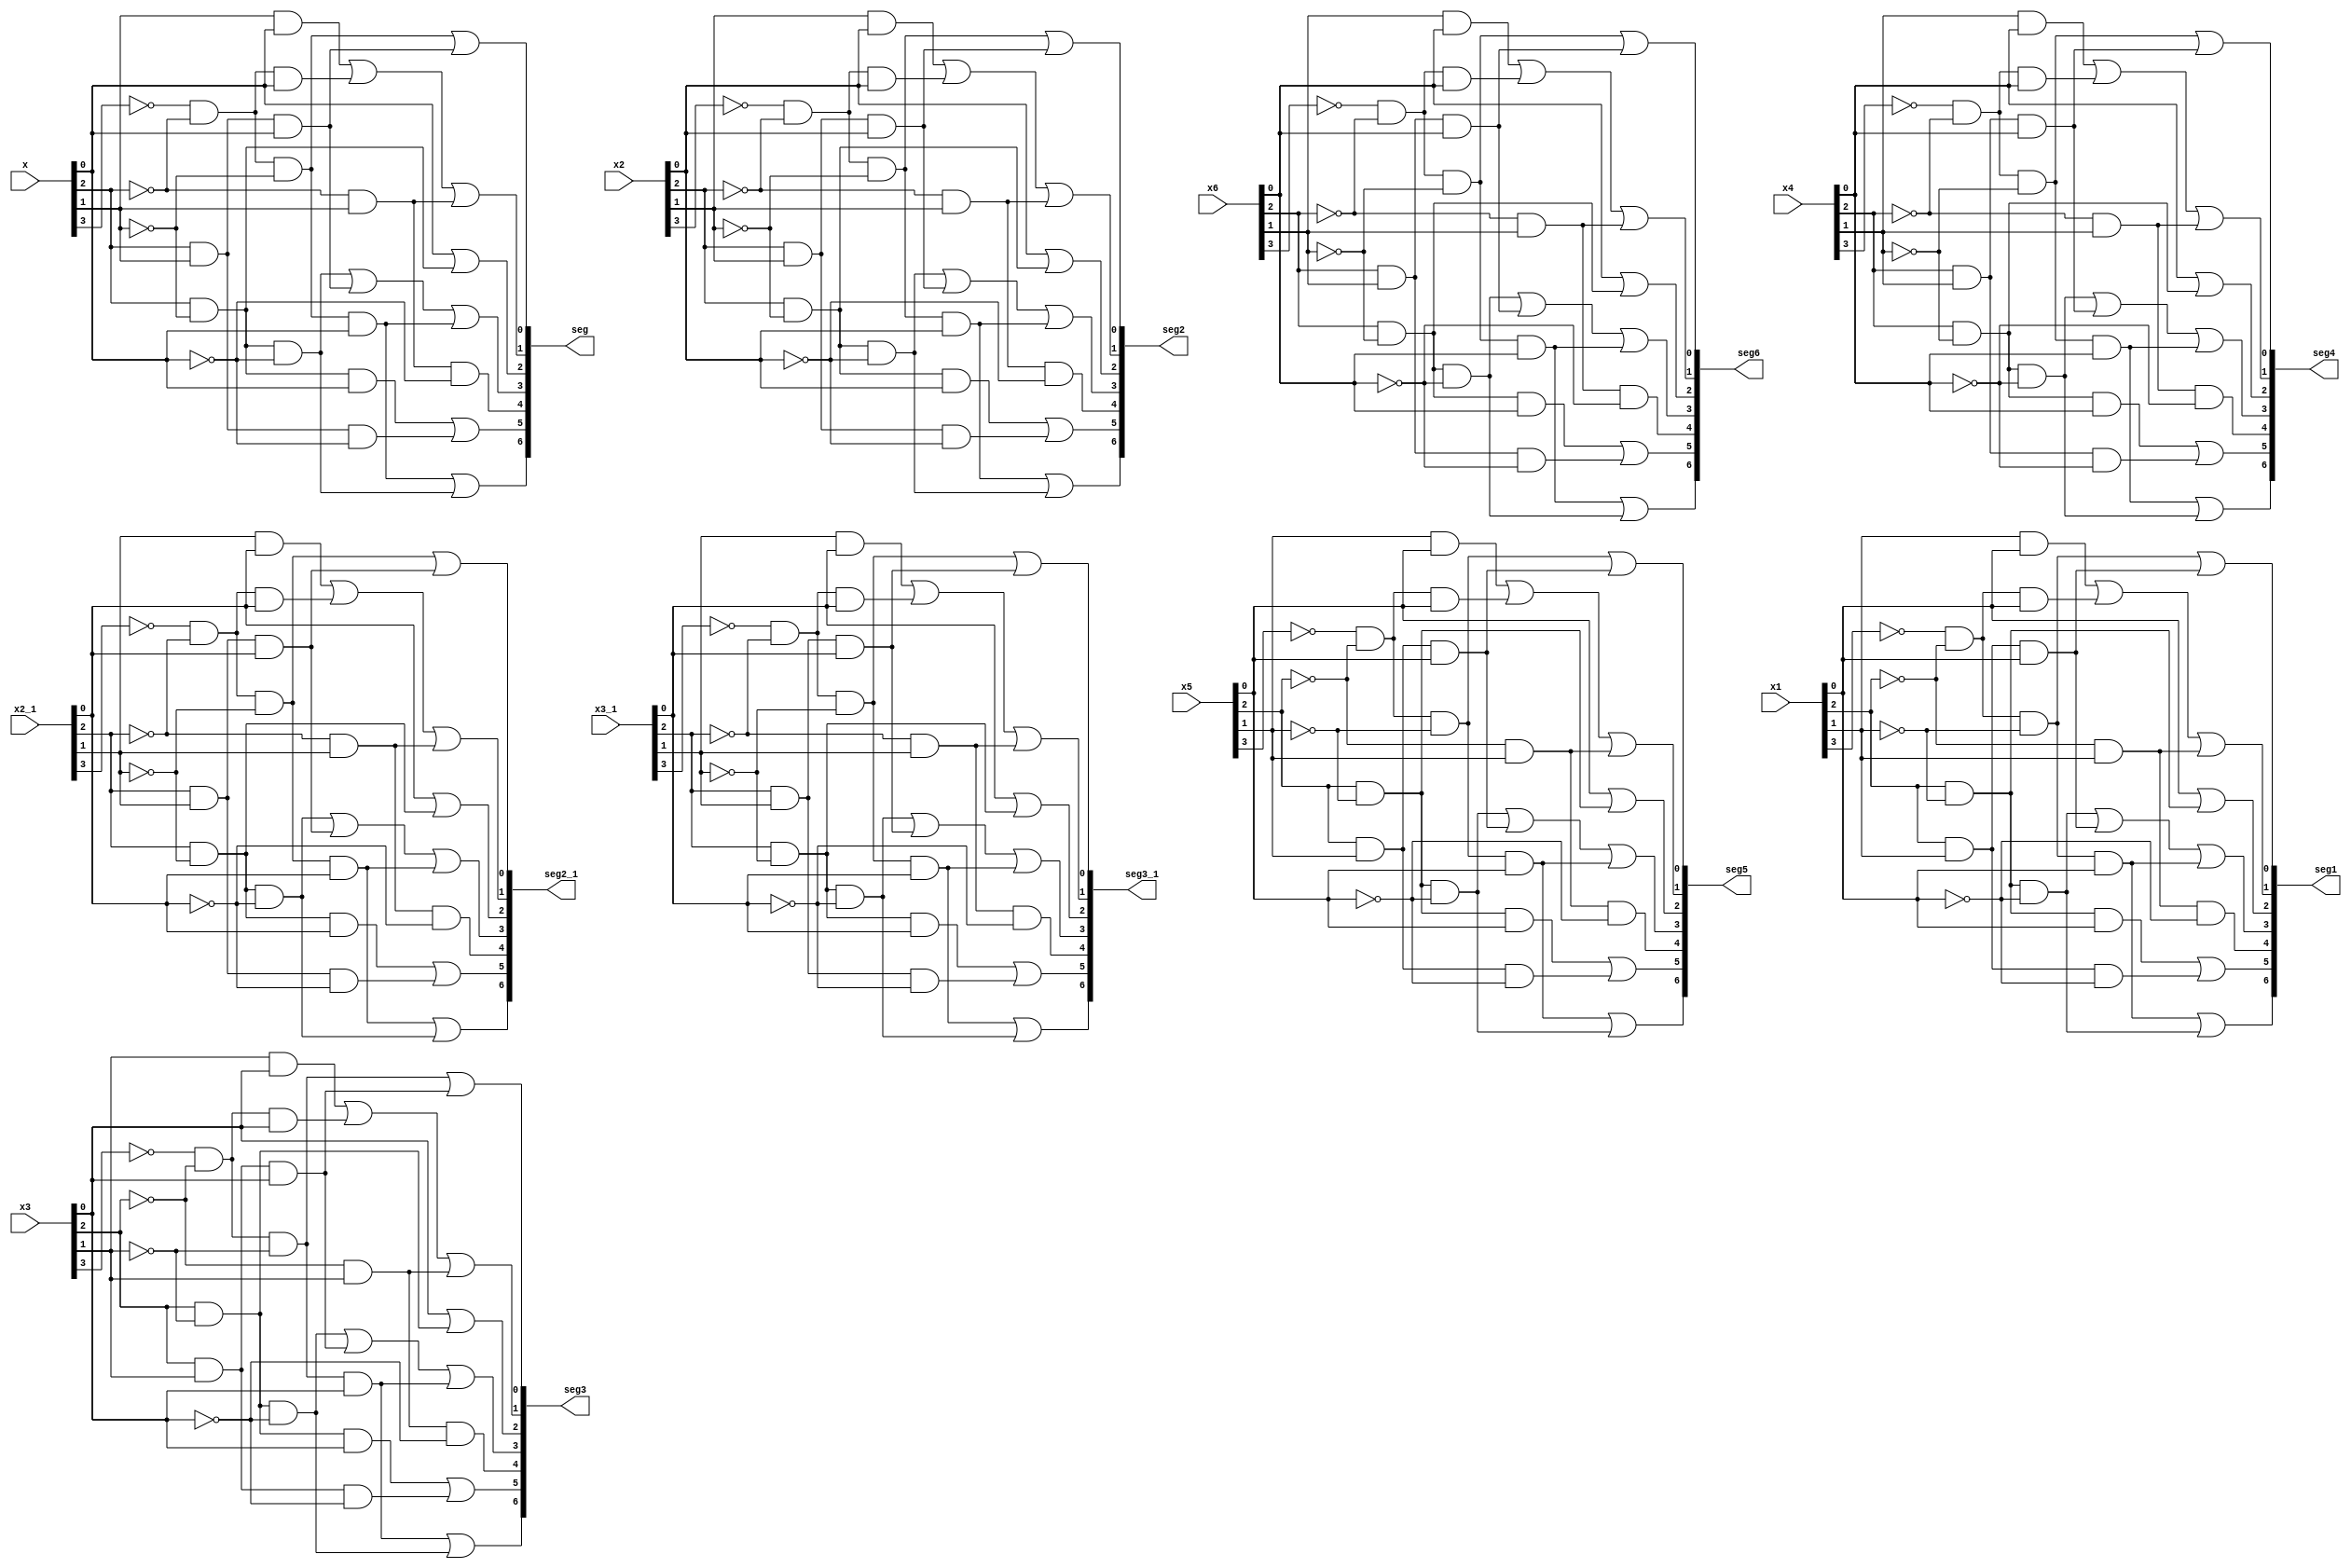
`timescale 1ns / 1ps
//////////////////////////////////////////////////////////////////////////////////
// Company: 
// Engineer: 
// 
// Design Name: 
// Module Name: decoder
// Project Name: 
// Target Devices: 
// Tool Versions: 
// Description: 
// 
// Dependencies: 
// 
// Revision:
// Revision 0.01 - File Created
// Additional Comments:
// 
//////////////////////////////////////////////////////////////////////////////////


module decoder(
    input[3:0] x,
    input[3:0] x1,
    input[3:0] x2,
    input[3:0] x3,
    input[3:0] x2_1,
    input[3:0] x3_1,
    input[3:0] x4,
    input[3:0] x5,
    input[3:0] x6,
    output[6:0] seg,
    output[6:0] seg1,
    output[6:0] seg2,
    output[6:0] seg3,
    output[6:0] seg2_1,
    output[6:0] seg3_1,
    output[6:0] seg4,
    output[6:0] seg5,
    output[6:0] seg6
    );
    assign seg[6] = (~x[3] & ~x[2] & ~x[1] & x[0]) | (x[2] & ~x[1] & ~x[0]);
    assign seg[5] = (x[2] & ~x[1] & x[0]) | (x[2] & x[1] & ~x[0]);
    assign seg[4] = ~x[2] & x[1] & ~x[0];
    assign seg[3] = (x[2] & ~x[1] & ~x[0]) | (x[2] & x[1] & x[0]) | (~x[3] & ~x[2] & ~x[1] & x[0]);
    assign seg[2] = x[0] | (x[2] & ~x[1]);
    assign seg[1] = (x[1] & x[0]) | (~x[3] & ~x[2] & x[0]) | (~x[2] & x[1]);
    assign seg[0] = (~x[3] & ~x[2] & ~x[1]) | (x[2] & x[1] & x[0]);
    
    assign seg1[6] = (~x1[3] & ~x1[2] & ~x1[1] & x1[0]) | (x1[2] & ~x1[1] & ~x1[0]);
    assign seg1[5] = (x1[2] & ~x1[1] & x1[0]) | (x1[2] & x1[1] & ~x1[0]);
    assign seg1[4] = ~x1[2] & x1[1] & ~x1[0];
    assign seg1[3] = (x1[2] & ~x1[1] & ~x1[0]) | (x1[2] & x1[1] & x1[0]) | (~x1[3] & ~x1[2] & ~x1[1] & x1[0]);
    assign seg1[2] = x1[0] | (x1[2] & ~x1[1]);
    assign seg1[1] = (x1[1] & x1[0]) | (~x1[3] & ~x1[2] & x1[0]) | (~x1[2] & x1[1]);
    assign seg1[0] = (~x1[3] & ~x1[2] & ~x1[1]) | (x1[2] & x1[1] & x1[0]);
 
    assign seg2[6] = (~x2[3] & ~x2[2] & ~x2[1] & x2[0]) | (x2[2] & ~x2[1] & ~x2[0]);
    assign seg2[5] = (x2[2] & ~x2[1] & x2[0]) | (x2[2] & x2[1] & ~x2[0]);
    assign seg2[4] = ~x2[2] & x2[1] & ~x2[0];
    assign seg2[3] = (x2[2] & ~x2[1] & ~x2[0]) | (x2[2] & x2[1] & x2[0]) | (~x2[3] & ~x2[2] & ~x2[1] & x2[0]);
    assign seg2[2] = x2[0] | (x2[2] & ~x2[1]);
    assign seg2[1] = (x2[1] & x2[0]) | (~x2[3] & ~x2[2] & x2[0]) | (~x2[2] & x2[1]);
    assign seg2[0] = (~x2[3] & ~x2[2] & ~x2[1]) | (x2[2] & x2[1] & x2[0]);
    
    assign seg3[6] = (~x3[3] & ~x3[2] & ~x3[1] & x3[0]) | (x3[2] & ~x3[1] & ~x3[0]);
    assign seg3[5] = (x3[2] & ~x3[1] & x3[0]) | (x3[2] & x3[1] & ~x3[0]);
    assign seg3[4] = ~x3[2] & x3[1] & ~x3[0];
    assign seg3[3] = (x3[2] & ~x3[1] & ~x3[0]) | (x3[2] & x3[1] & x3[0]) | (~x3[3] & ~x3[2] & ~x3[1] & x3[0]);
    assign seg3[2] = x3[0] | (x3[2] & ~x3[1]);
    assign seg3[1] = (x3[1] & x3[0]) | (~x3[3] & ~x3[2] & x3[0]) | (~x3[2] & x3[1]);
    assign seg3[0] = (~x3[3] & ~x3[2] & ~x3[1]) | (x3[2] & x3[1] & x3[0]);

    assign seg2_1[6] = (~x2_1[3] & ~x2_1[2] & ~x2_1[1] & x2_1[0]) | (x2_1[2] & ~x2_1[1] & ~x2_1[0]);
    assign seg2_1[5] = (x2_1[2] & ~x2_1[1] & x2_1[0]) | (x2_1[2] & x2_1[1] & ~x2_1[0]);
    assign seg2_1[4] = ~x2_1[2] & x2_1[1] & ~x2_1[0];
    assign seg2_1[3] = (x2_1[2] & ~x2_1[1] & ~x2_1[0]) | (x2_1[2] & x2_1[1] & x2_1[0]) | (~x2_1[3] & ~x2_1[2] & ~x2_1[1] & x2_1[0]);
    assign seg2_1[2] = x2_1[0] | (x2_1[2] & ~x2_1[1]);
    assign seg2_1[1] = (x2_1[1] & x2_1[0]) | (~x2_1[3] & ~x2_1[2] & x2_1[0]) | (~x2_1[2] & x2_1[1]);
    assign seg2_1[0] = (~x2_1[3] & ~x2_1[2] & ~x2_1[1]) | (x2_1[2] & x2_1[1] & x2_1[0]);
    
    assign seg3_1[6] = (~x3_1[3] & ~x3_1[2] & ~x3_1[1] & x3_1[0]) | (x3_1[2] & ~x3_1[1] & ~x3_1[0]);
    assign seg3_1[5] = (x3_1[2] & ~x3_1[1] & x3_1[0]) | (x3_1[2] & x3_1[1] & ~x3_1[0]);
    assign seg3_1[4] = ~x3_1[2] & x3_1[1] & ~x3_1[0];
    assign seg3_1[3] = (x3_1[2] & ~x3_1[1] & ~x3_1[0]) | (x3_1[2] & x3_1[1] & x3_1[0]) | (~x3_1[3] & ~x3_1[2] & ~x3_1[1] & x3_1[0]);
    assign seg3_1[2] = x3_1[0] | (x3_1[2] & ~x3_1[1]);
    assign seg3_1[1] = (x3_1[1] & x3_1[0]) | (~x3_1[3] & ~x3_1[2] & x3_1[0]) | (~x3_1[2] & x3_1[1]);
    assign seg3_1[0] = (~x3_1[3] & ~x3_1[2] & ~x3_1[1]) | (x3_1[2] & x3_1[1] & x3_1[0]);

    assign seg4[6] = (~x4[3] & ~x4[2] & ~x4[1] & x4[0]) | (x4[2] & ~x4[1] & ~x4[0]);
    assign seg4[5] = (x4[2] & ~x4[1] & x4[0]) | (x4[2] & x4[1] & ~x4[0]);
    assign seg4[4] = ~x4[2] & x4[1] & ~x4[0];
    assign seg4[3] = (x4[2] & ~x4[1] & ~x4[0]) | (x4[2] & x4[1] & x4[0]) | (~x4[3] & ~x4[2] & ~x4[1] & x4[0]);
    assign seg4[2] = x4[0] | (x4[2] & ~x4[1]);
    assign seg4[1] = (x4[1] & x4[0]) | (~x4[3] & ~x4[2] & x4[0]) | (~x4[2] & x4[1]);
    assign seg4[0] = (~x4[3] & ~x4[2] & ~x4[1]) | (x4[2] & x4[1] & x4[0]);
    
    assign seg5[6] = (~x5[3] & ~x5[2] & ~x5[1] & x5[0]) | (x5[2] & ~x5[1] & ~x5[0]);
    assign seg5[5] = (x5[2] & ~x5[1] & x5[0]) | (x5[2] & x5[1] & ~x5[0]);
    assign seg5[4] = ~x5[2] & x5[1] & ~x5[0];
    assign seg5[3] = (x5[2] & ~x5[1] & ~x5[0]) | (x5[2] & x5[1] & x5[0]) | (~x5[3] & ~x5[2] & ~x5[1] & x5[0]);
    assign seg5[2] = x5[0] | (x5[2] & ~x5[1]);
    assign seg5[1] = (x5[1] & x5[0]) | (~x5[3] & ~x5[2] & x5[0]) | (~x5[2] & x5[1]);
    assign seg5[0] = (~x5[3] & ~x5[2] & ~x5[1]) | (x5[2] & x5[1] & x5[0]);
    
    assign seg6[6] = (~x6[3] & ~x6[2] & ~x6[1] & x6[0]) | (x6[2] & ~x6[1] & ~x6[0]);
    assign seg6[5] = (x6[2] & ~x6[1] & x6[0]) | (x6[2] & x6[1] & ~x6[0]);
    assign seg6[4] = ~x6[2] & x6[1] & ~x6[0];
    assign seg6[3] = (x6[2] & ~x6[1] & ~x6[0]) | (x6[2] & x6[1] & x6[0]) | (~x6[3] & ~x6[2] & ~x6[1] & x6[0]);
    assign seg6[2] = x6[0] | (x6[2] & ~x6[1]);
    assign seg6[1] = (x6[1] & x6[0]) | (~x6[3] & ~x6[2] & x6[0]) | (~x6[2] & x6[1]);
    assign seg6[0] = (~x6[3] & ~x6[2] & ~x6[1]) | (x6[2] & x6[1] & x6[0]);        
endmodule